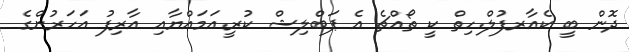
ދޮން ބީ ކެއާރފުލް.ހިތް ކީ ތޯއްޗެ އެ ޕަބްލިޝް ކުރީ.އަމައްޔާއި އާރިފު އަހަރުންގެ